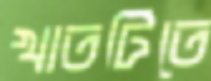
খাতটিতে